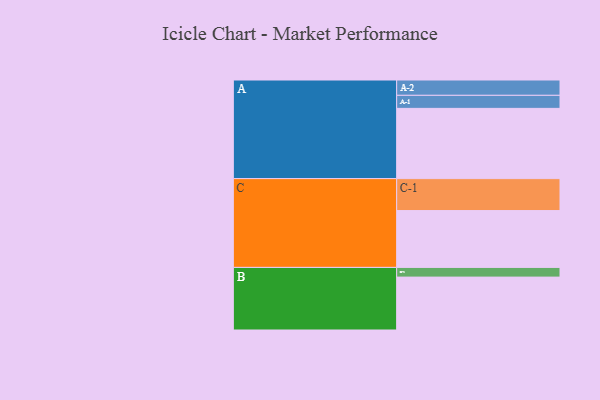
{"axis": {"x": "Segment", "y": "Value"}, "legend": ["", "A", "B", "C"], "data": [{"x": "A", "y": 587, "type": ""}, {"x": "B", "y": 442, "type": ""}, {"x": "C", "y": 475, "type": ""}, {"x": "A-1", "y": 109, "type": "A"}, {"x": "A-2", "y": 128, "type": "A"}, {"x": "B-1", "y": 81, "type": "B"}, {"x": "C-1", "y": 267, "type": "C"}]}